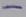
Text: -